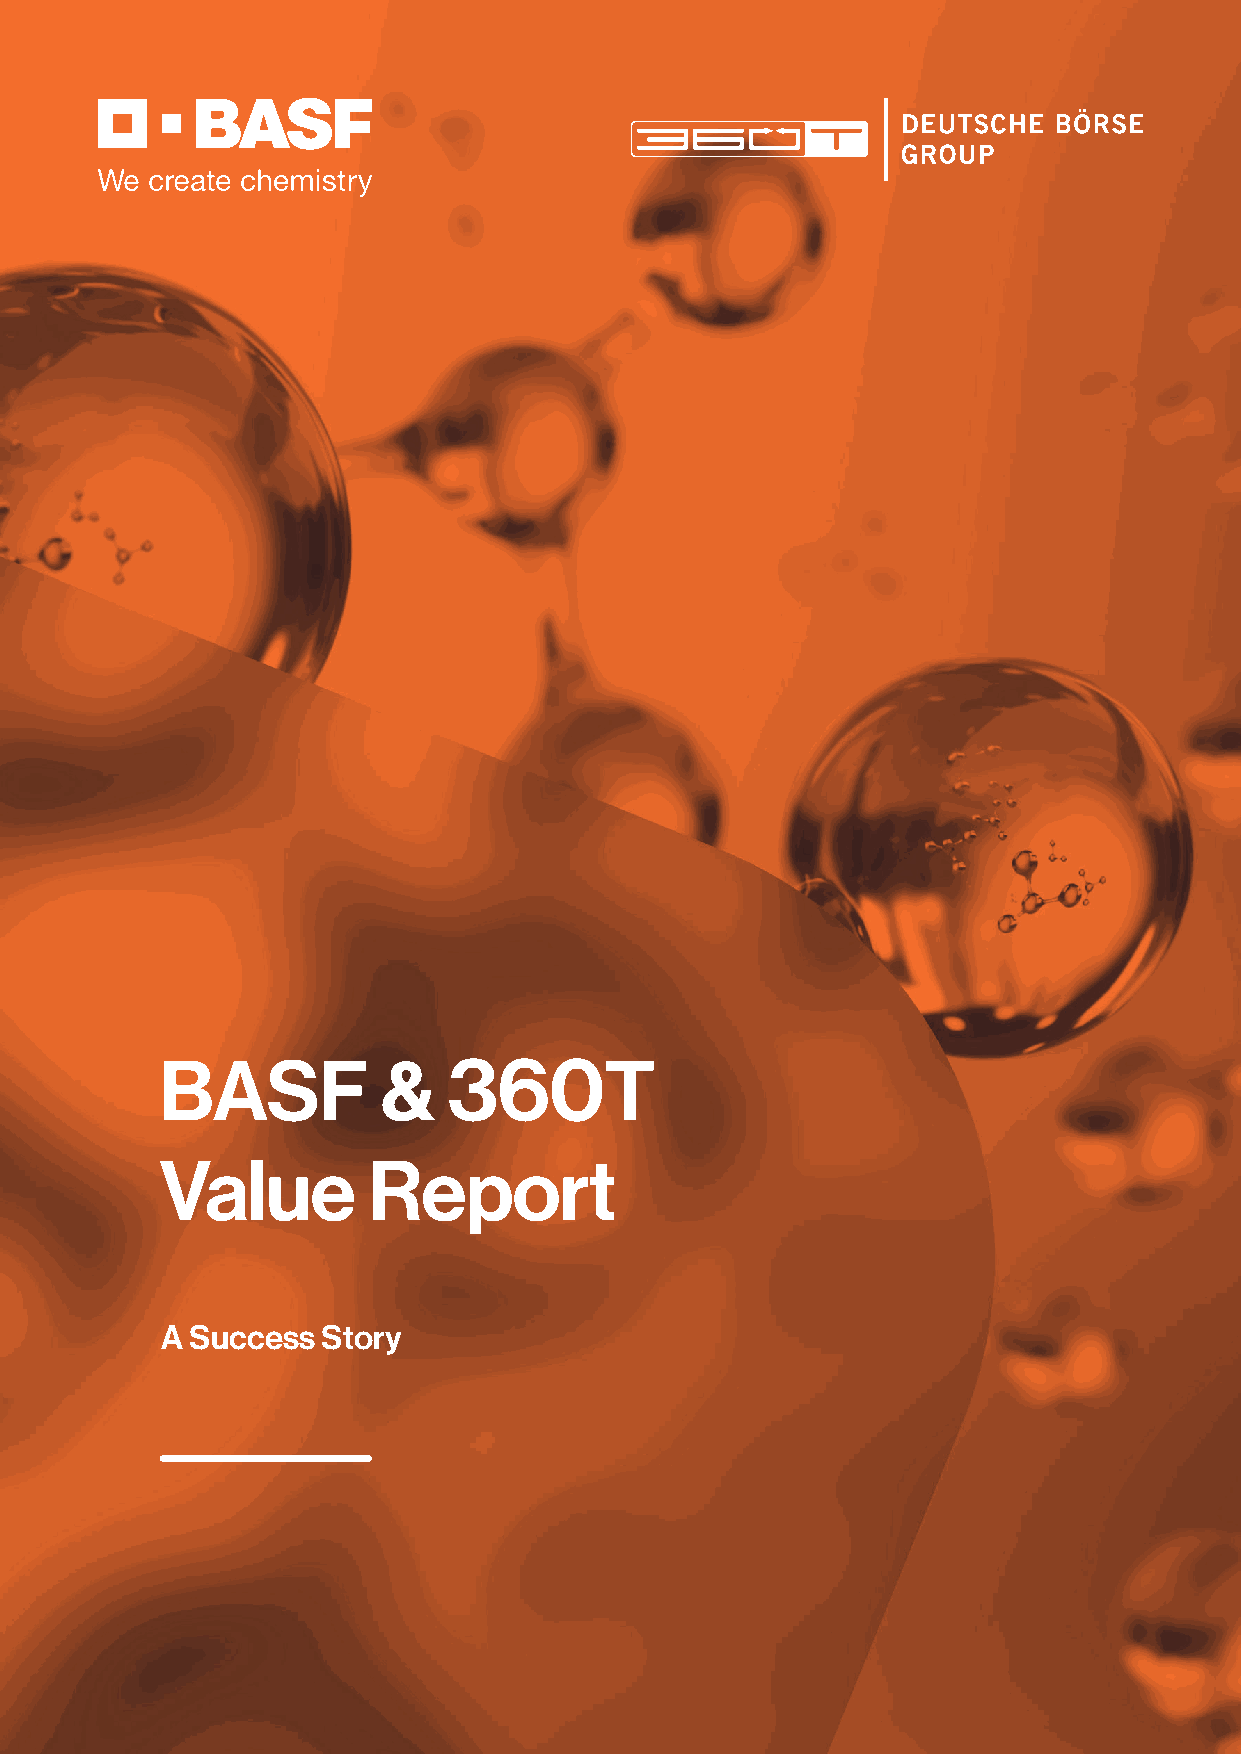
BASF          &    360T
 Value        Report
 A Success Story